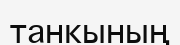
танкының